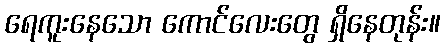
ရေကူးနေသော ကောင်လေးတွေ ရှိနေတုန်း။